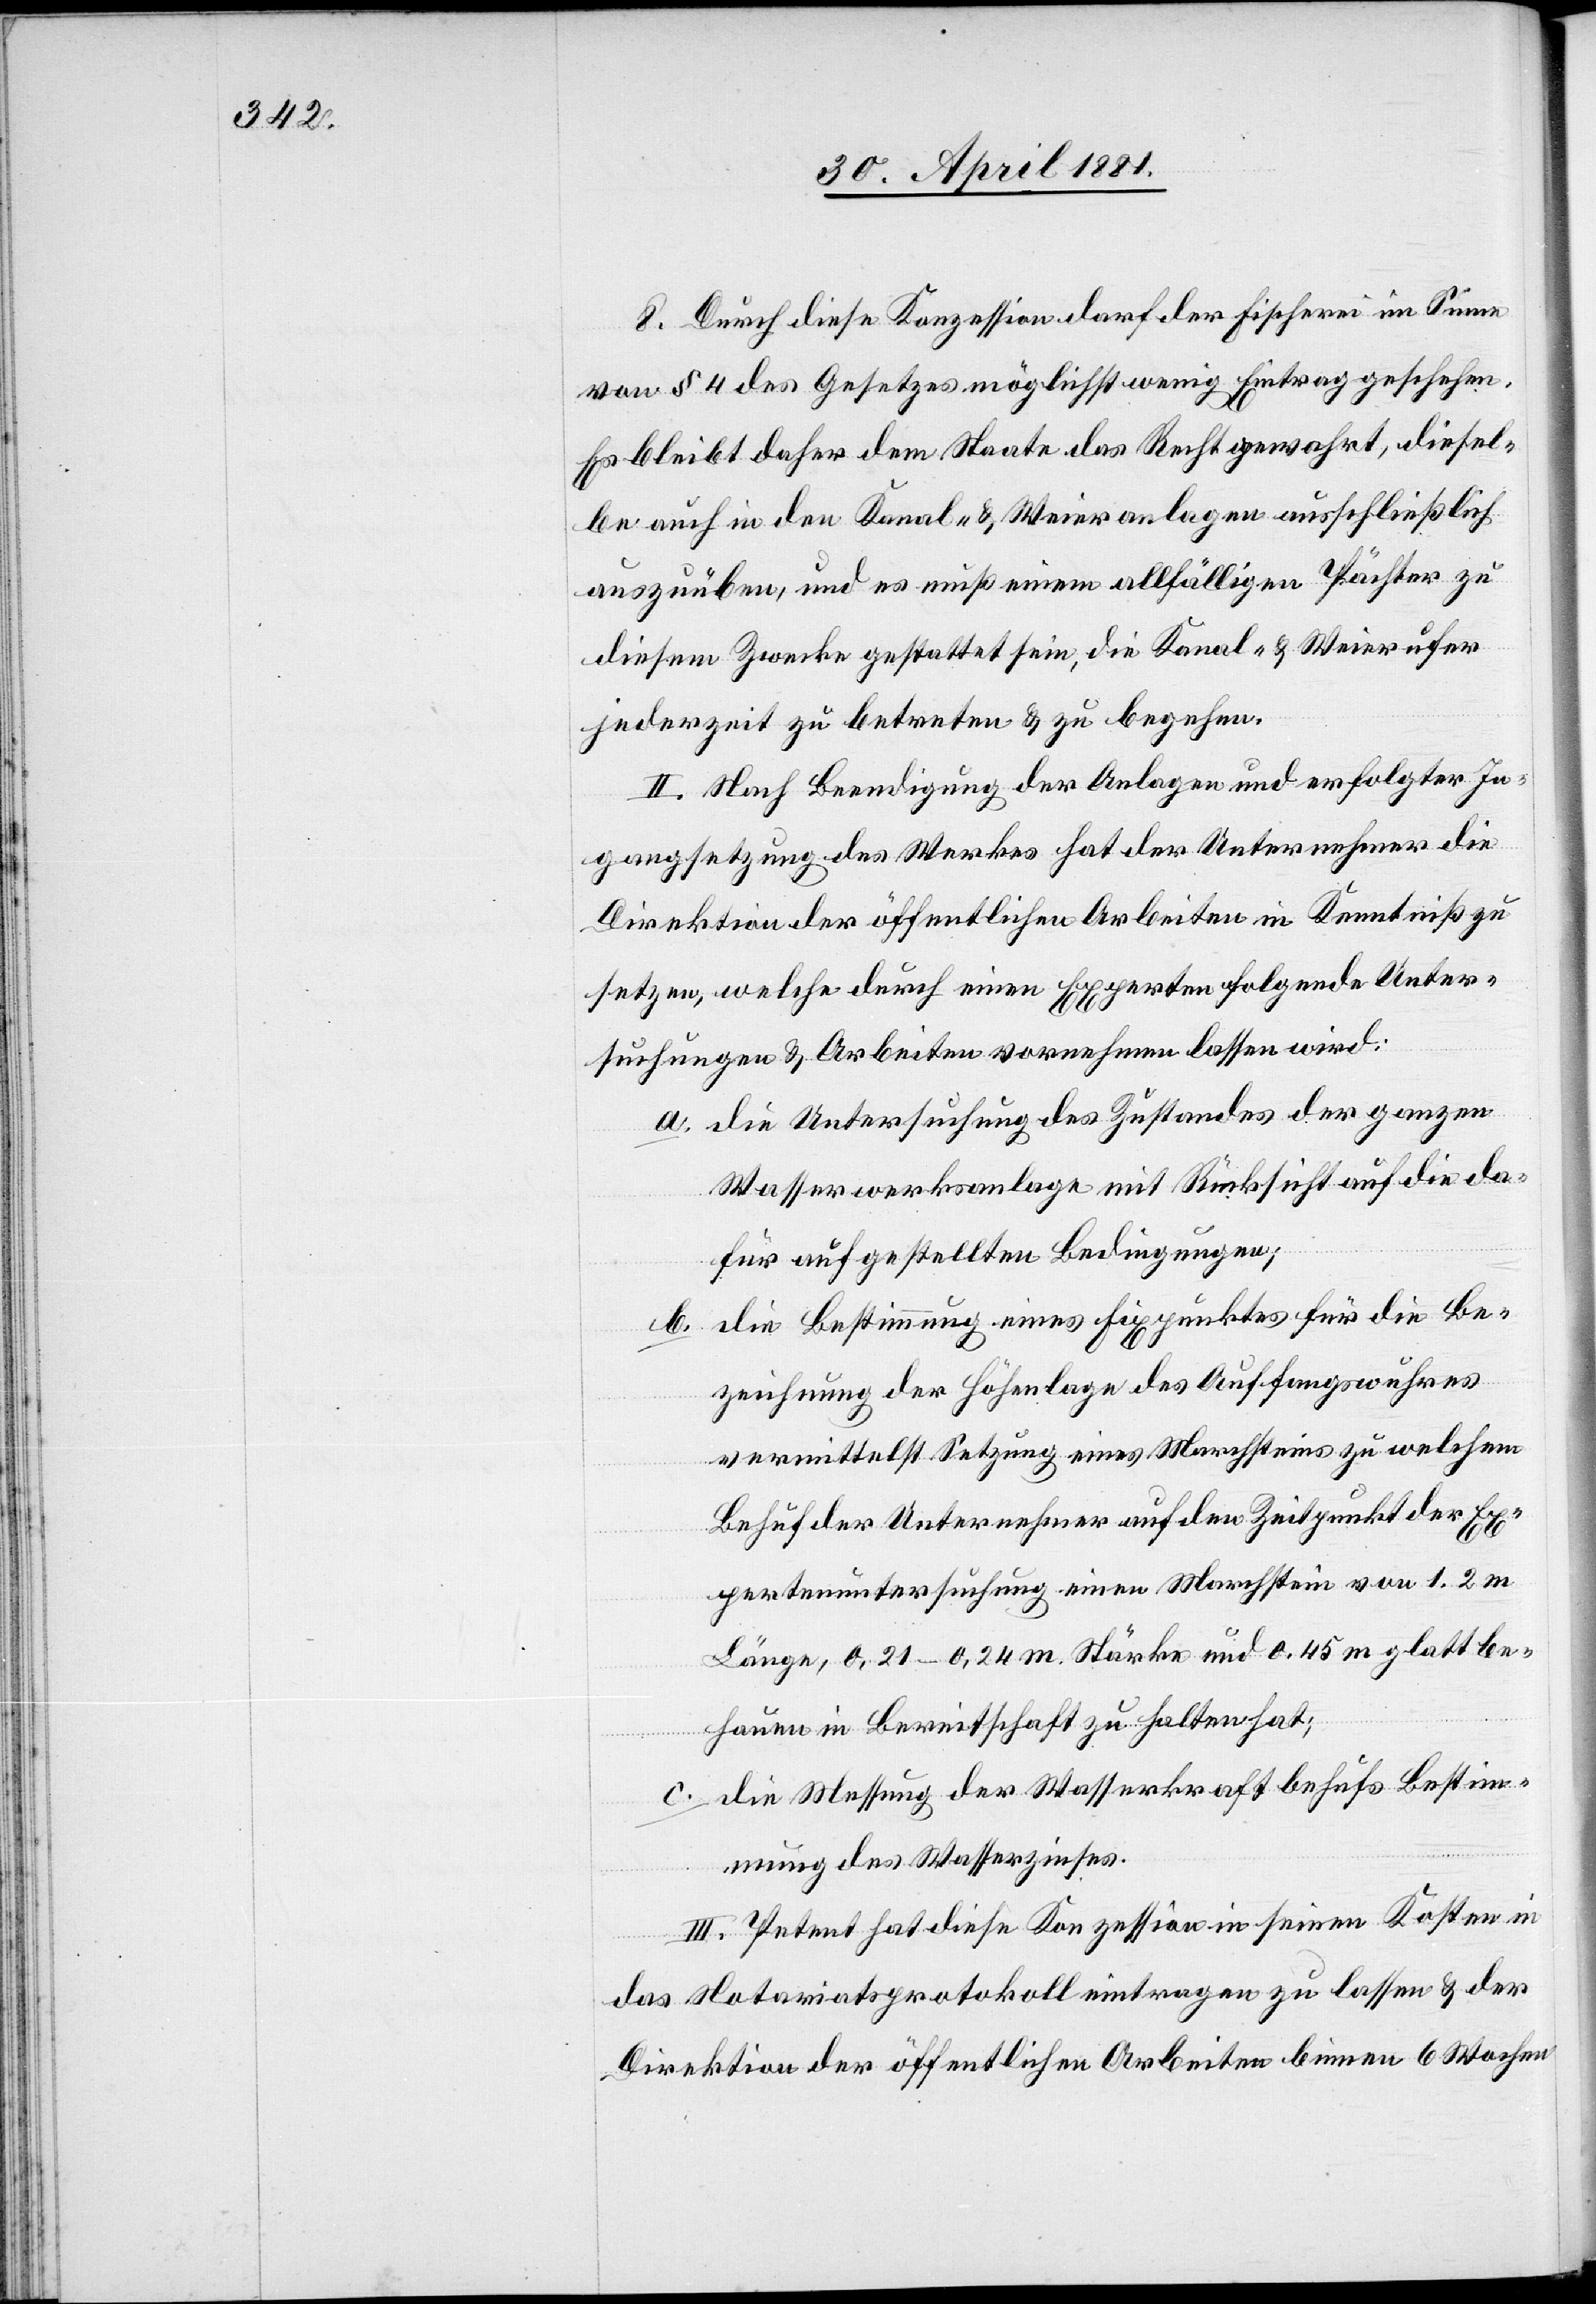
8. Durch diese Konzession darf der Fischerei im Sinne
von § 4 des Gesetzes möglichst wenig Eintrag geschehen.
Es bleibt daher dem Staate das Recht gewahrt, diesel¬
be auch in den Kanal- & Weiteranlagen ausschließlich
auszuüben, und es muß einem allfälligen Pächter zu
diesem Zwecke gestattet sein, die Kanal- & Weierufer
jederzeit zu betreten & zu begehen.
II. Nach Beendigung der Anlage und erfolgter In¬
gangsetzung des Werkes hat der Unternehmer die
Direktion der öffentlichen Arbeiten in Kenntniß zu
setzen, welche durch einen Experten folgende Unter¬
suchungen & Arbeiten vornehmen lassen wird:
a. die Untersuchung des Zustandes der ganzen
Wasserwerksanlage mit Rücksicht auf die da¬
für aufgestellten Bedingungen;
b. die Bestimmung eines Fixpunktes für die Be¬
ziehung der Höhenlage des Auffangswuhres
vermittelst Setzung eines Marchsteins zu welchem
Behuf der Unternehmer auf den Zeitpunkt der Ex¬
pertenuntersuchung einen Marchstein von 1.2 m
Länge, 0.21–0.24 m Stärke und 0.45 m glatt be¬
hauen in Bereitschaft zu halten hat;
c. die Messung der Wasserkraft behufs Bestim¬
mung des Wasserzinses.
III. Petent hat diese Konzession in seinen Kosten in
das Notariatsprotokoll eintragen zu lassen & der
Direktion der öffentlichen Arbeiten binnen 6 Wochen